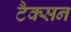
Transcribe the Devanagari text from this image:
टैक्सन